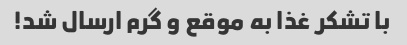
با تشکر غذا به موقع و گرم ارسال شد!